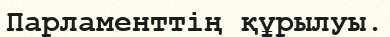
Парламенттің құрылуы.